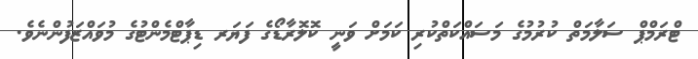
ޓްރަމްޕް ސަލާމަތް ކުރުމުގެ މަސައްކަތްކުރި ކަމަށް ވަނީ ކޮލޮރާޑޯގެ ފަޔަރ ޑިޕާޓްމެންޓުގެ މުވައްޒަފުންނެވެ.